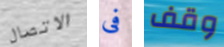
الاتصال فى وقف